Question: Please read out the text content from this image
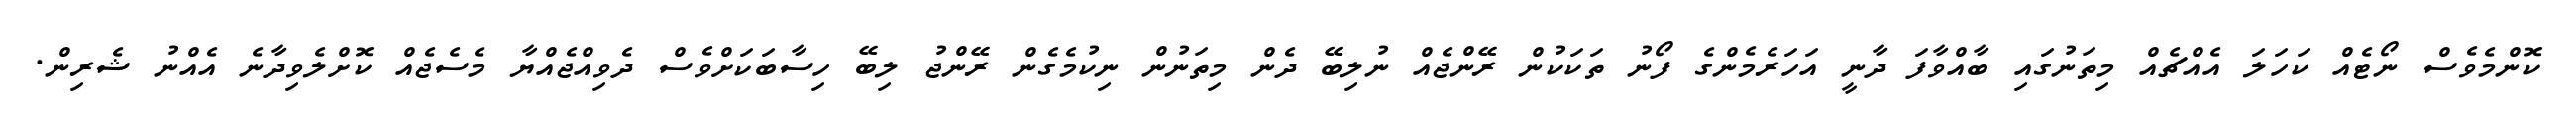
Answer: ކޮންމެވެސް ނޯޓެއް ކަހަލަ އެއްޗެއް މިތަނުގައި ބާއްވާފަ ދާނީ އަހަރެމެންގެ ފޯނު ތަކަކުން ރޭންޖެއް ނުލިބޭ ދެން މިތަނުން ނިކުމެގެން ރޭންޖު ލިބޭ ހިސާބަކަށްވެސް ދެވިއްޖެއްޔާ މެސެޖެއް ކޮށްލެވިދާނެ އެއްނު ޝެރިން.